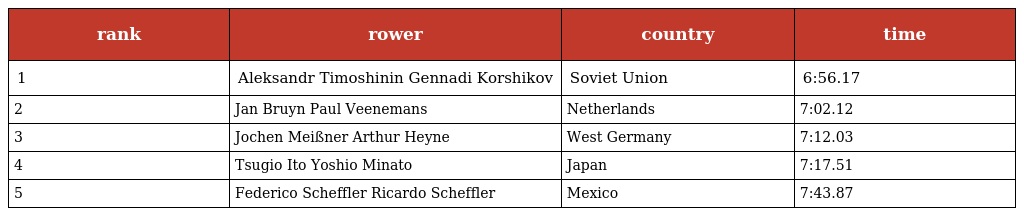
| rank | rower | country | time |
 | --- | --- | --- | --- |
 | 1 | Aleksandr Timoshinin Gennadi Korshikov | Soviet Union | 6:56.17 |
 | 2 | Jan Bruyn Paul Veenemans | Netherlands | 7:02.12 |
 | 3 | Jochen Meißner Arthur Heyne | West Germany | 7:12.03 |
 | 4 | Tsugio Ito Yoshio Minato | Japan | 7:17.51 |
 | 5 | Federico Scheffler Ricardo Scheffler | Mexico | 7:43.87 |